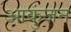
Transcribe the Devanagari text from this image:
आकुंजन